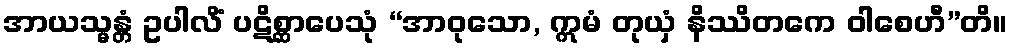
အာယသ္မန္တံ ဥပါလိံ ပဋိစ္ဆာပေသုံ “အာဝုသော, ဣမံ တုယှံ နိဿိတကေ ဝါစေဟီ”တိ။